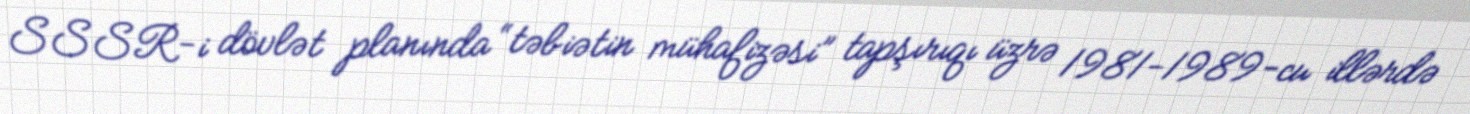
SSSR-i dövlət planında “təbiətin mühafizəsi” tapşırıqı üzrə 1981-1989-cu illərdə